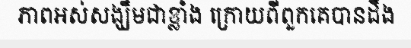
ភាពអស់សង្ឃឹមជាខ្លាំង ក្រោយពីពួកគេបានដឹង